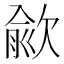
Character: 歈